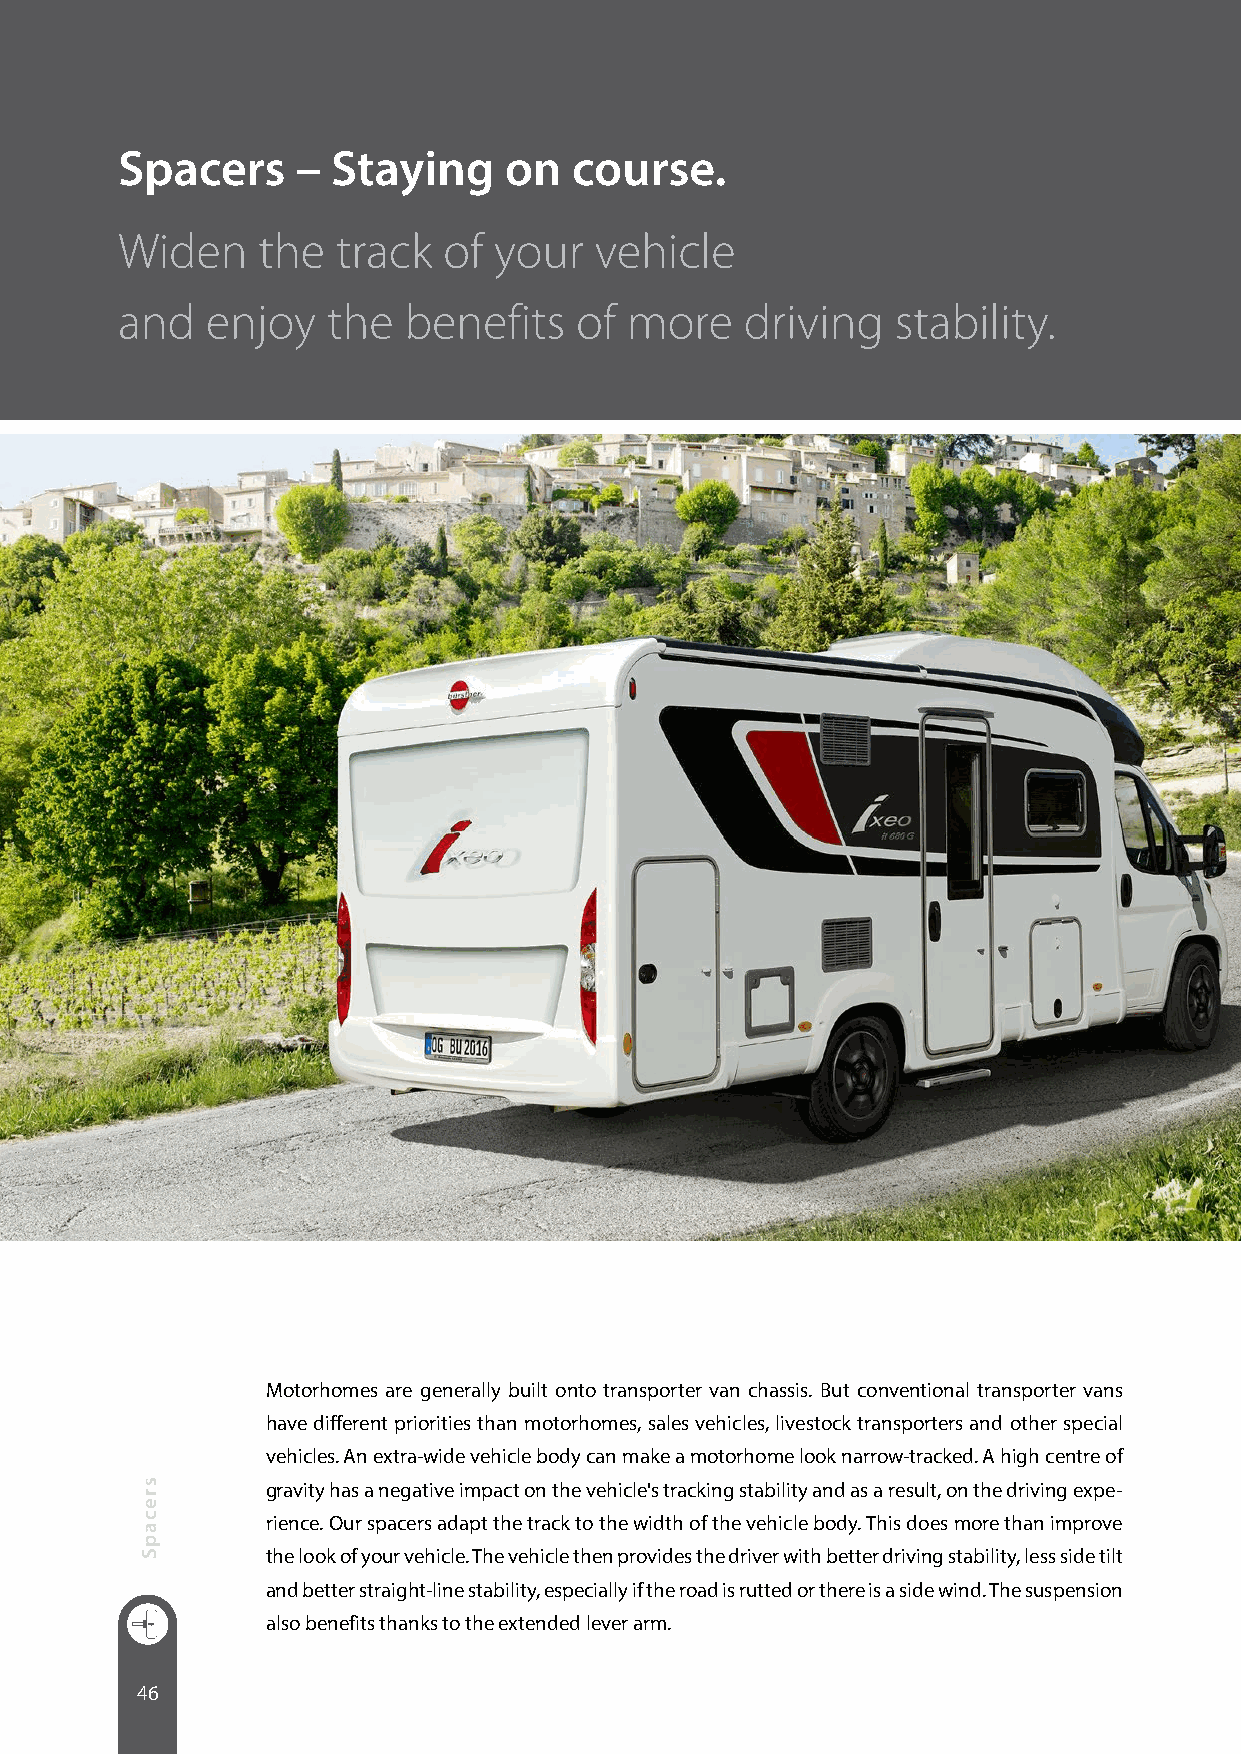
Spacers     – Staying    on   course.
 Widen    the  track  of  your  vehicle
 and   enjoy   the  benefits   of more    driving   stability.
 Motorhomes are generally built onto transporter van chassis. But conventional transporter vans
 have different priorities than motorhomes, sales vehicles, livestock transporters and other special
 vehicles. An extra-wide vehicle body can make a motorhome look narrow-tracked. A high centre of
 gravity has a negative impact on the vehicle's tracking stability and as a result, on the driving expe-
 rience. Our spacers adapt the track to the width of the vehicle body. This does more than improve
 the look of your vehicle. The vehicle then provides the driver with better driving stability, less side tilt
 and better straight-line stability, especially if the road is rutted or there is a side wind. The suspension
 also benefits thanks to the extended lever arm.
 46
 srecapS